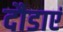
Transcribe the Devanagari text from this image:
दौडाएं